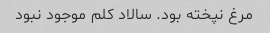
مرغ نپخته بود. سالاد کلم موجود نبود